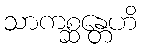
သာကစ္ဆန္တေဟိ